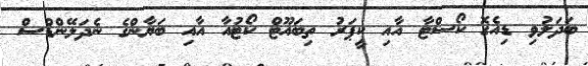
ބަދަލުވި ޑިއެގޮ ކޯސްޓާ އާއި ކީޕަރު ތިބައޫޓް ކޯޓުއާ އާއި ބަޔާންގެ ނެދަލޭންޑްސް